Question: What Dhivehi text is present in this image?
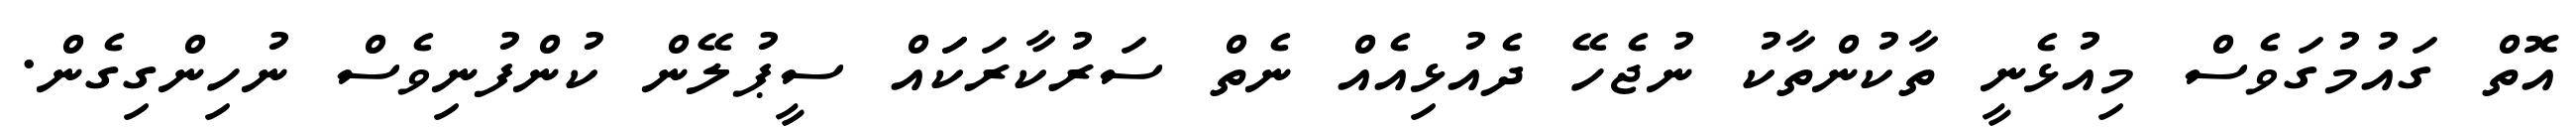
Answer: އޮތް ގައުމުގަވެސް މިއުޅެނީ ތާކުންތާކު ނުޖެހޭ ދެއުޅިއެއް ނެތް ސަރުކާރަކަައް ސީޕުލޭން ކުންފުނިވެސް ނުހިންގިގެން.